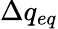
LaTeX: \Delta q_{eq}